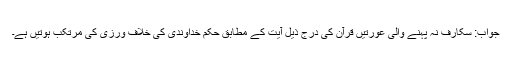
جواب: سکارف نہ پہنے والی عورتیں قرآن کی درج ذیل آیت کے مطابق حکم خداوندی کی خلاف ورزی کی مرتکب ہوتیں ہے۔